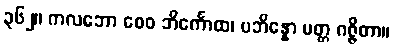
၃၆၂။ ကလဘော စေဝ ဘိင်္ကောထ၊ ပဘိန္နော မတ္တ ဂဇ္ဇိတာ။